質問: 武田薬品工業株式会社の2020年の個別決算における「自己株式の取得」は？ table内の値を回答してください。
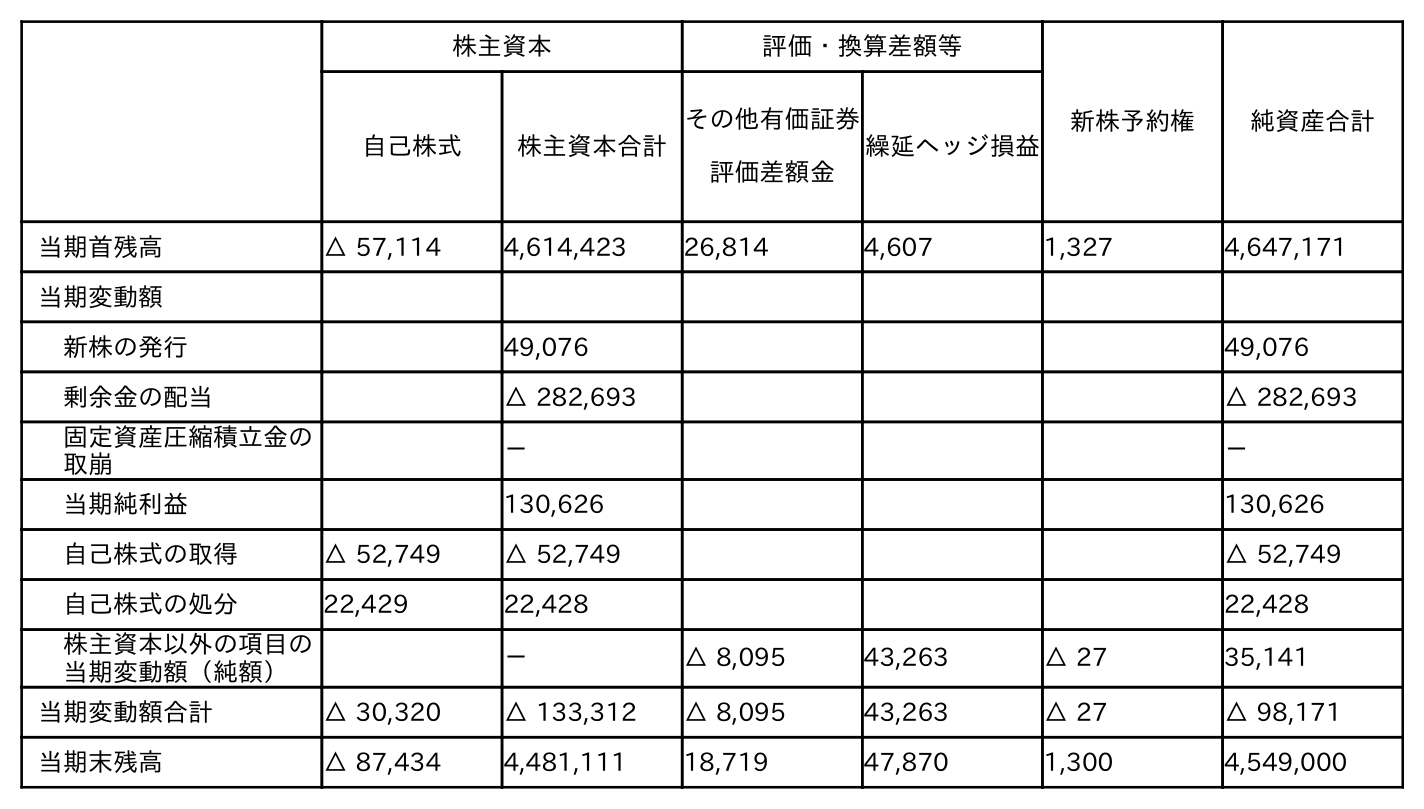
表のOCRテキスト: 株主資本 評価・換算差額等 新株予約権 純資産合計 自己株式 株主資本合計 その他有価証券 評価差額金 繰延ヘッジ損益 当期首残高 △ 57,114 4,614,423 26,814 4,607 1,327 4,647,171 当期変動額 新株の発行 49,076 49,076 剰余金の配当 △ 282,693 △ 282,693 固定資産圧縮積立金の 取崩 － － 当期純利益 130,626 130,626 自己株式の取得 △ 52,749 △ 52,749 △ 52,749 自己株式の処分 22,429 22,428 22,428 株主資本以外の項目の 当期変動額（純額） － △ 8,095 43,263 △ 27 35,141 当期変動額合計 △ 30,320 △ 133,312 △ 8,095 43,263 △ 27 △ 98,171 当期末残高 △ 87,434 4,481,111 18,719 47,870 1,300 4,549,000
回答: △52,749